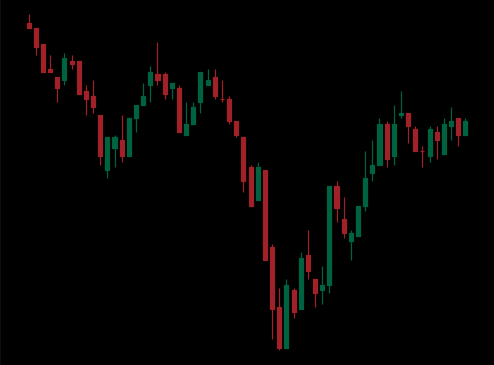
Pattern: inverse_head_shoulders